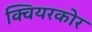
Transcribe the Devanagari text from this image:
क्वियरकोर